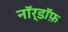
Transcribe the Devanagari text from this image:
नॉर्डॉफ़